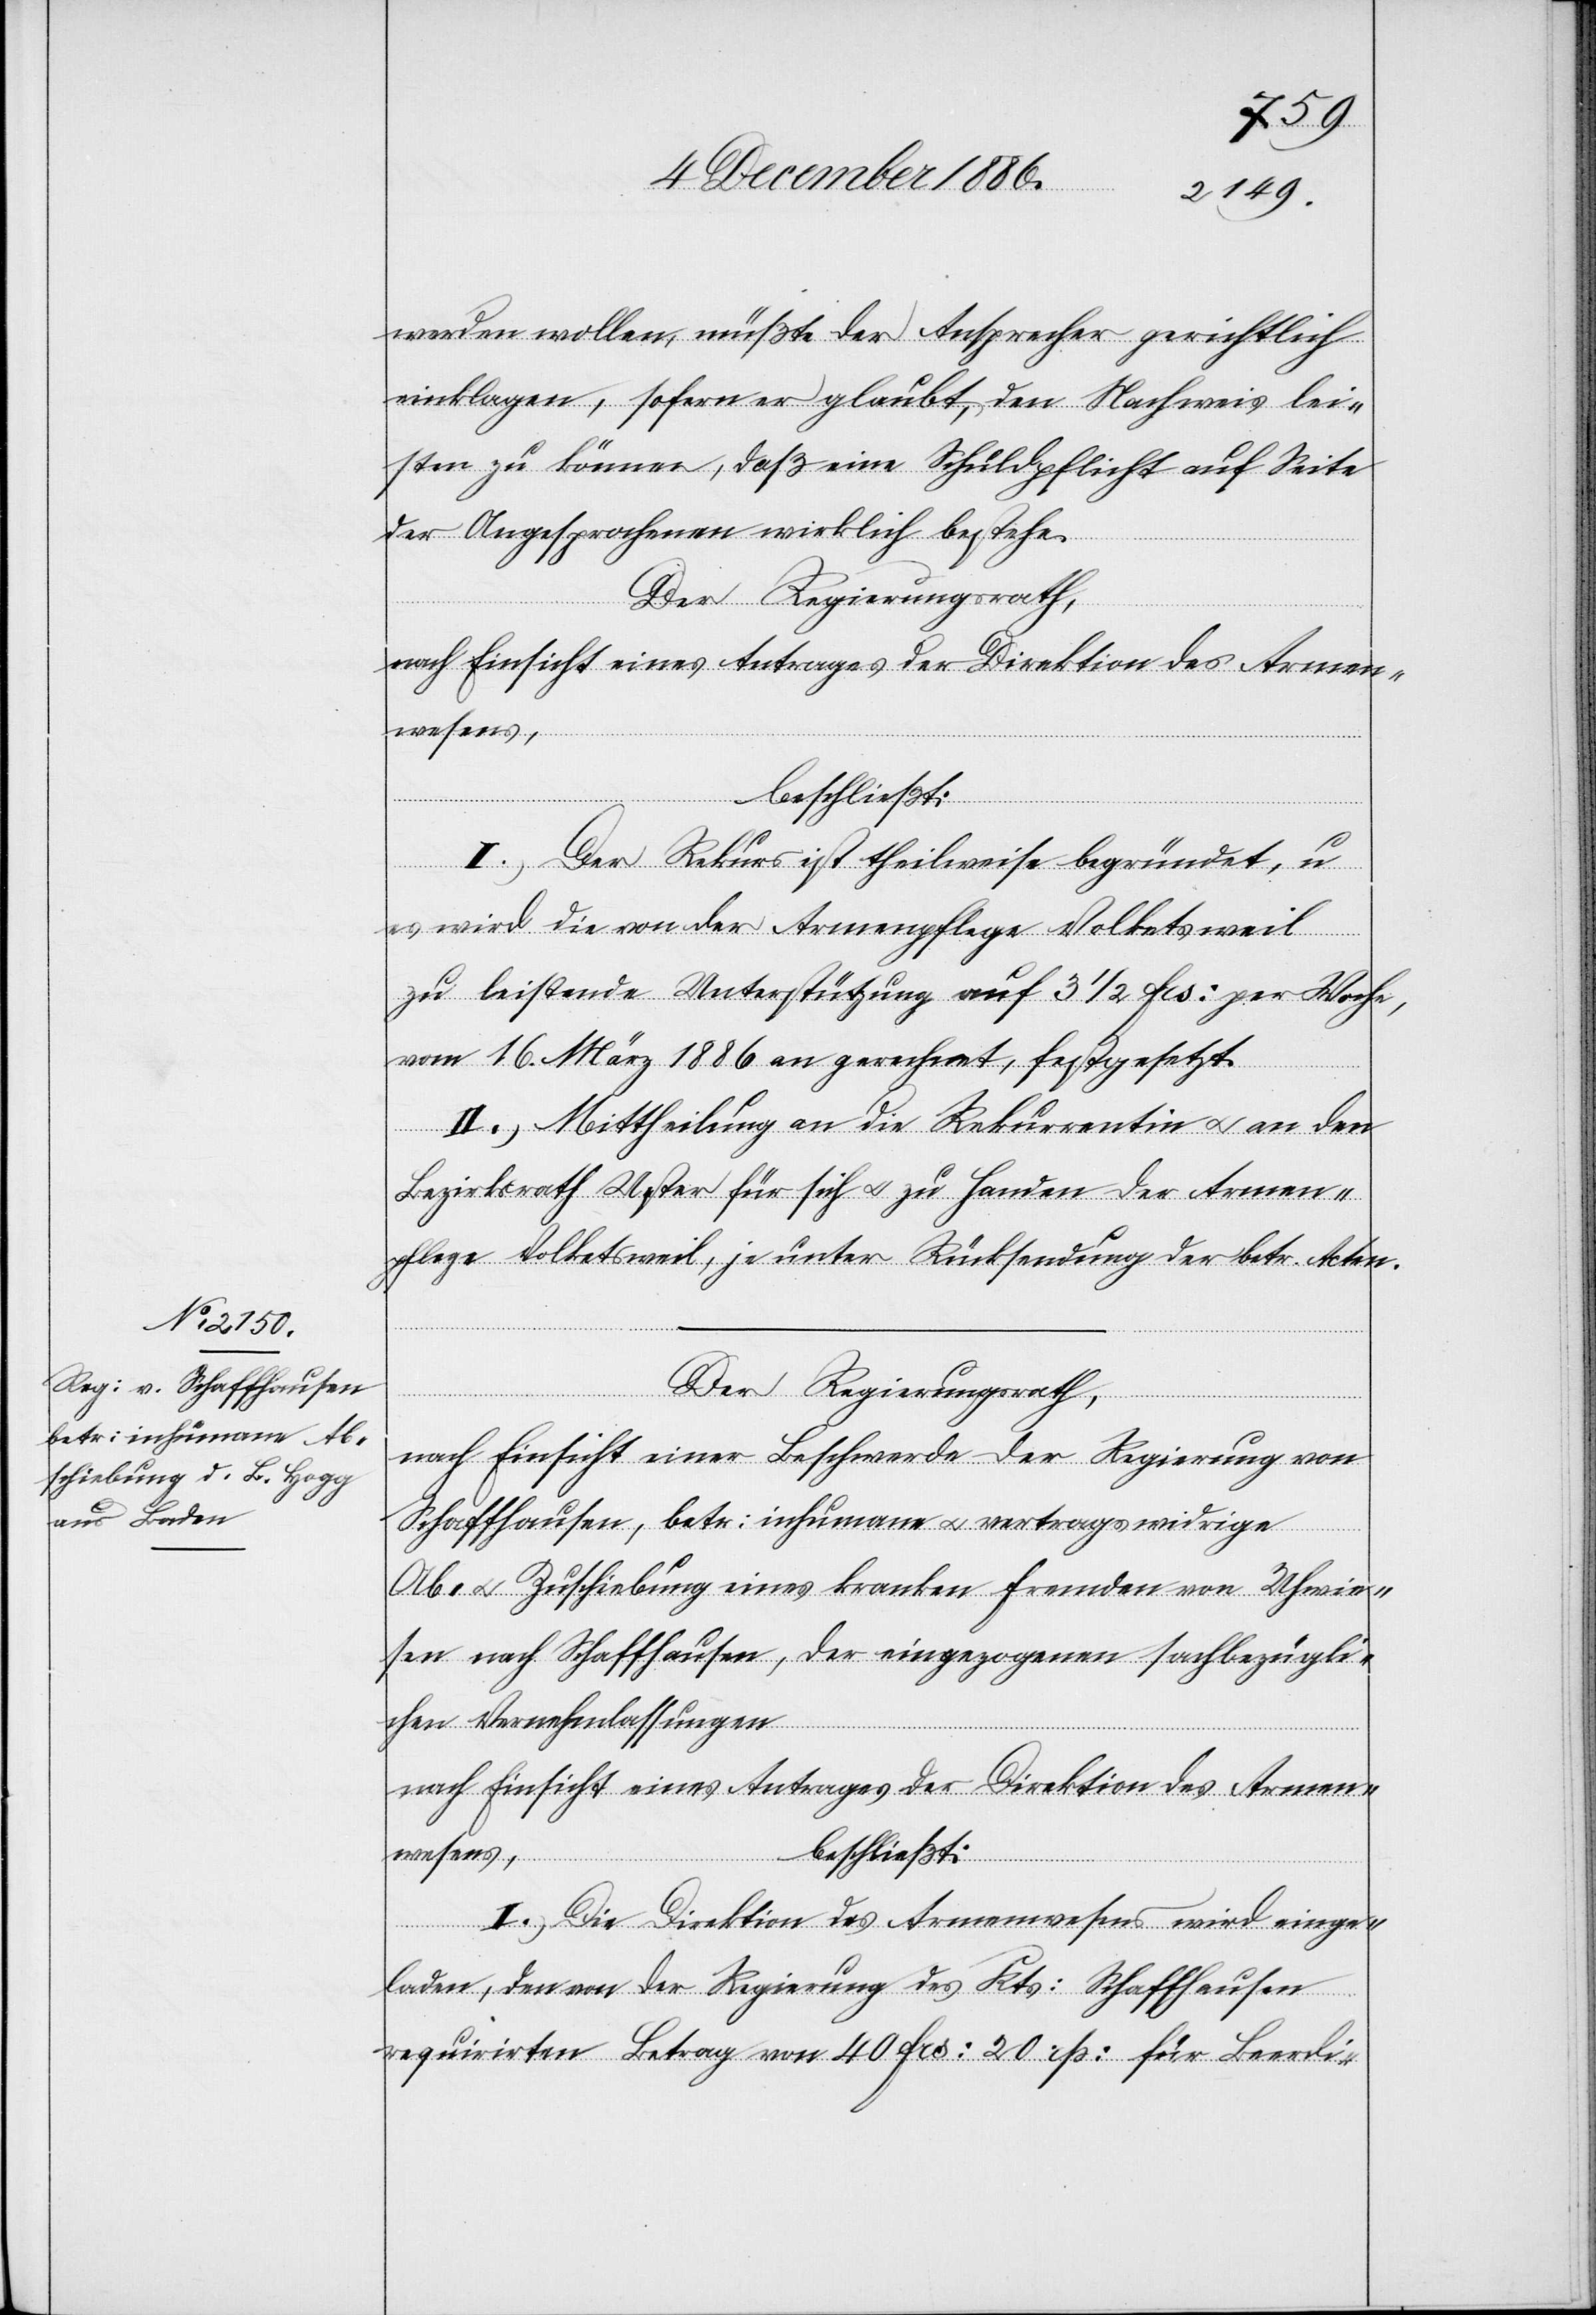
werden wollen, müßte der Ansprecher gerichtlich
einklagen, sofern er glaubt, den Nachweis lei¬
sten zu können, daß eine Schuldpflicht auf Seite
der Angesprochenen wirklich bestehe.
Der Regierungsrath,
I.) Der Rekurs ist theilweise begründet, u.
es wird die von der Armenpflege Volketsweil
zu leistende Unterstützung auf 3 1/2 Frs. per Woche,
vom 16. März 1886 an gerechnet, festgesetzt.
II.) Mittheilung an die Rekurrentin & an den
Bezirksrath Uster für sich & zu Handen der Armen¬
pflege Volketsweil, je unter Rücksendung der betr. Akten.
Der Regierungsrath,
nach Einsicht einer Beschwerde der Regierung von
Schaffhausen, betr. inhumane & vertragswidrige
Ab- & Zuschiebung eines kranken Fremden von Uhwie¬
sen nach Schaffhausen, der eingezogenen sachbezügli¬
chen Vernehmlassungen
nach Einsicht eines Antrages der Direktion des Armen¬
wesens,
beschließt:
I.) Die Direktion des Armenwesens wird einge¬
laden, den von der Regierung des Kts. Schaffhausen
requirirten Betrag von 40 Frs. 20 Rp. für Beerdi-